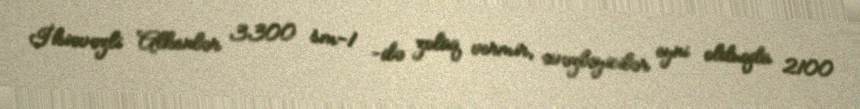
İkiəvəzli Alkenlər 3300 sm-1 -də zolaq vermir, əvəzləyicilər eyni olduqda 2100